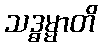
သဒ္ဓမ္မာတိ